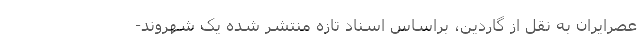
عصرایران به نقل از گاردین، براساس اسناد تازه منتشر شده یک شهروند-